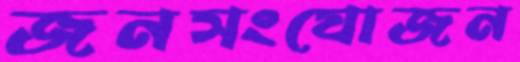
জনসংযোজন